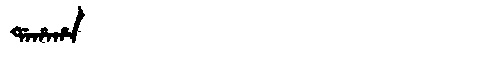
Manchu: ᡩᠠᡥᠠᡥᠠ
Romanization: DAHAHA